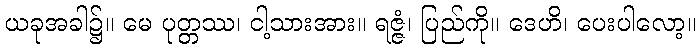
ယခုအခါ၌။ မေ ပုတ္တဿ၊ ငါ့သားအား။ ရဇ္ဇံ၊ ပြည်ကို။ ဒေဟိ၊ ပေးပါလော့။